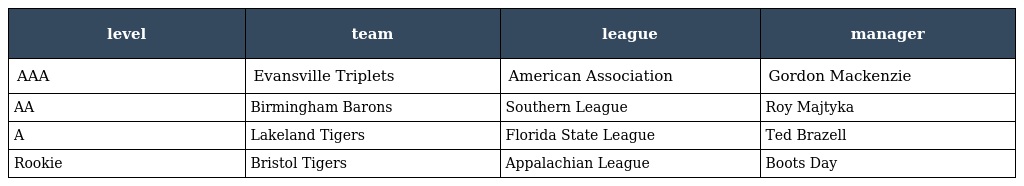
| level | team | league | manager |
 | --- | --- | --- | --- |
 | AAA | Evansville Triplets | American Association | Gordon Mackenzie |
 | AA | Birmingham Barons | Southern League | Roy Majtyka |
 | A | Lakeland Tigers | Florida State League | Ted Brazell |
 | Rookie | Bristol Tigers | Appalachian League | Boots Day |